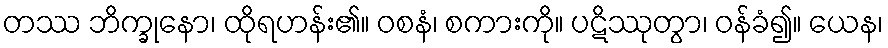
တဿ ဘိက္ခုနော၊ ထိုရဟန်း၏။ ဝစနံ၊ စကားကို။ ပဋိဿုတွာ၊ ဝန်ခံ၍။ ယေန၊